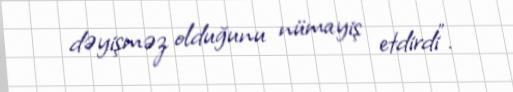
dəyişməz olduğunu nümayiş etdirdi”.